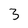
Character: 3